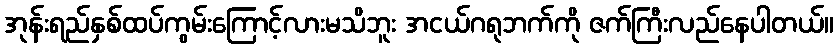
အုန်းရည်နှစ်ထပ်ကွမ်းကြောင့်လားမသိဘူး အငယ်ဂရုဘက်ကို ဇက်ကြီးလည်နေပါတယ်။